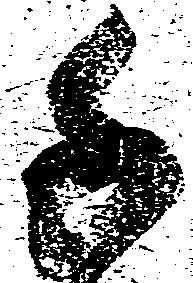
千